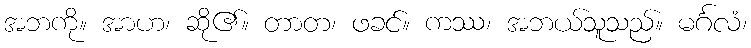
အဘကို။ အာဟ၊ ဆို၏။ တာတ၊ ဖခင်။ ကဿ၊ အဘယ်သူသည်။ မင်္ဂလံ၊